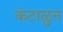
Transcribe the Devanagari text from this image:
कंटाळुन